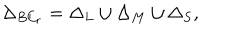
\Delta _ { B C _ { r } } = \Delta _ { L } \cup \Delta _ { M } \cup \Delta _ { S } ,